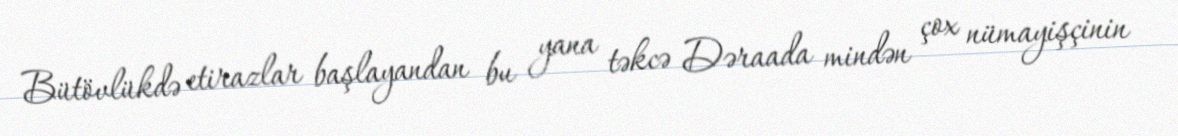
Bütövlükdə etirazlar başlayandan bu yana təkcə Dəraada mindən çox nümayişçinin